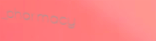
pharmacy